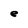
Character: e